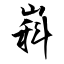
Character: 嵙